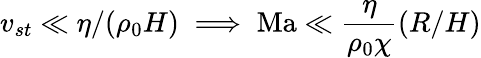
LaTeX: v_{st}\ll\eta/(\rho_{0}H)\implies{\mathrm{Ma}\ll\frac{\eta}{\rho_{0}\chi}(R/H)}